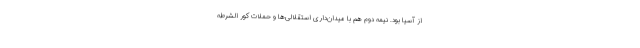
از آسیا بود. نیمه دوم هم با میدان‌داری استقلالی‌ها و حملات کور الشرطه